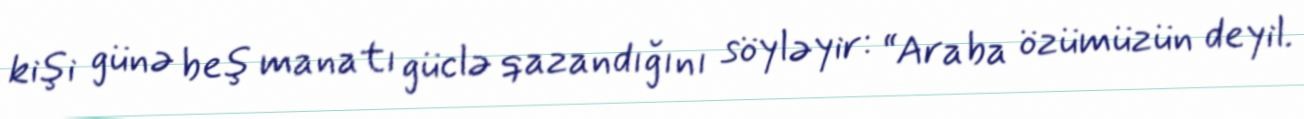
kişi günə beş manatı güclə qazandığını söyləyir: “Araba özümüzün deyil.